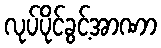
လုပ်ပိုင်ခွင့်အာဏာ